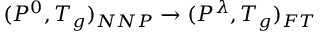
( P ^ { 0 } , T _ { g } ) _ { N N P } \rightarrow ( P ^ { \lambda } , T _ { g } ) _ { F T }